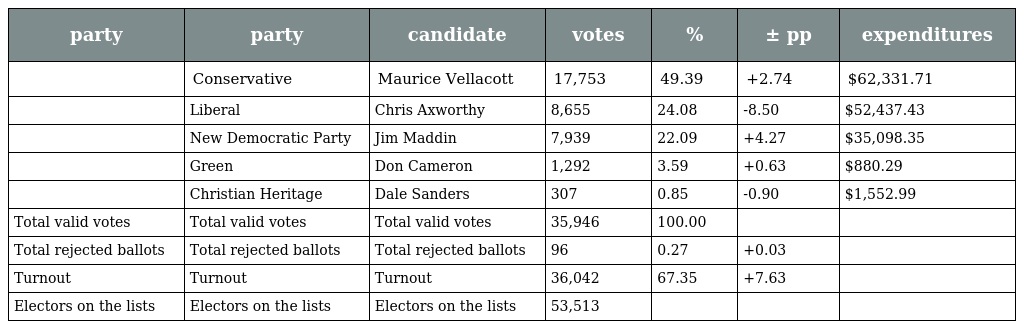
| party | party | candidate | votes | % | ± pp | expenditures |
 | --- | --- | --- | --- | --- | --- | --- |
 |  | Conservative | Maurice Vellacott | 17,753 | 49.39 | +2.74 | $62,331.71 |
 |  | Liberal | Chris Axworthy | 8,655 | 24.08 | -8.50 | $52,437.43 |
 |  | New Democratic Party | Jim Maddin | 7,939 | 22.09 | +4.27 | $35,098.35 |
 |  | Green | Don Cameron | 1,292 | 3.59 | +0.63 | $880.29 |
 |  | Christian Heritage | Dale Sanders | 307 | 0.85 | -0.90 | $1,552.99 |
 | Total valid votes | Total valid votes | Total valid votes | 35,946 | 100.00 |  |  |
 | Total rejected ballots | Total rejected ballots | Total rejected ballots | 96 | 0.27 | +0.03 |  |
 | Turnout | Turnout | Turnout | 36,042 | 67.35 | +7.63 |  |
 | Electors on the lists | Electors on the lists | Electors on the lists | 53,513 |  |  |  |